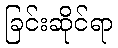
ခြင်းဆိုင်ရာ